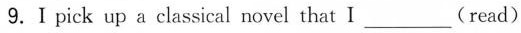
9.Ⅰpick up a classical novel that I ___ (read)